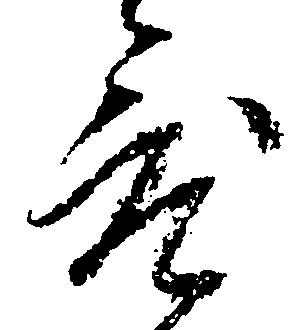
度